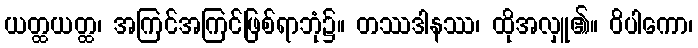
ယတ္ထယတ္ထ၊ အကြင်အကြင်ဖြစ်ရာဘုံ၌။ တဿဒါနဿ၊ ထိုအလှူ၏။ ဝိပါကော၊